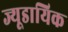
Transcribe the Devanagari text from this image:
ज्यूडायिक